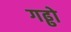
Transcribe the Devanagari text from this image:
गढ्ढो